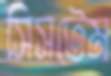
সিসটেম